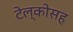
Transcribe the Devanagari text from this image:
टेल्कोसह